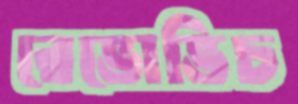
রেভোভিচ